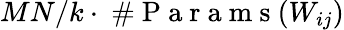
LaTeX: MN/k\cdot\mathrm{~\# ~P~a~r~a~m~s~}(W_{ij})